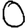
Digit: 0